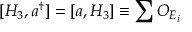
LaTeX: [ H _ { 3 } , a ^ { \dagger } ] = [ a , H _ { 3 } ] \equiv \sum { \cal O } _ { E _ { i } }